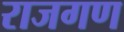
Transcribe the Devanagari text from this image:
राजगण